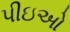
પીઇઓ